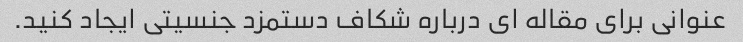
عنوانی برای مقاله ای درباره شکاف دستمزد جنسیتی ایجاد کنید.